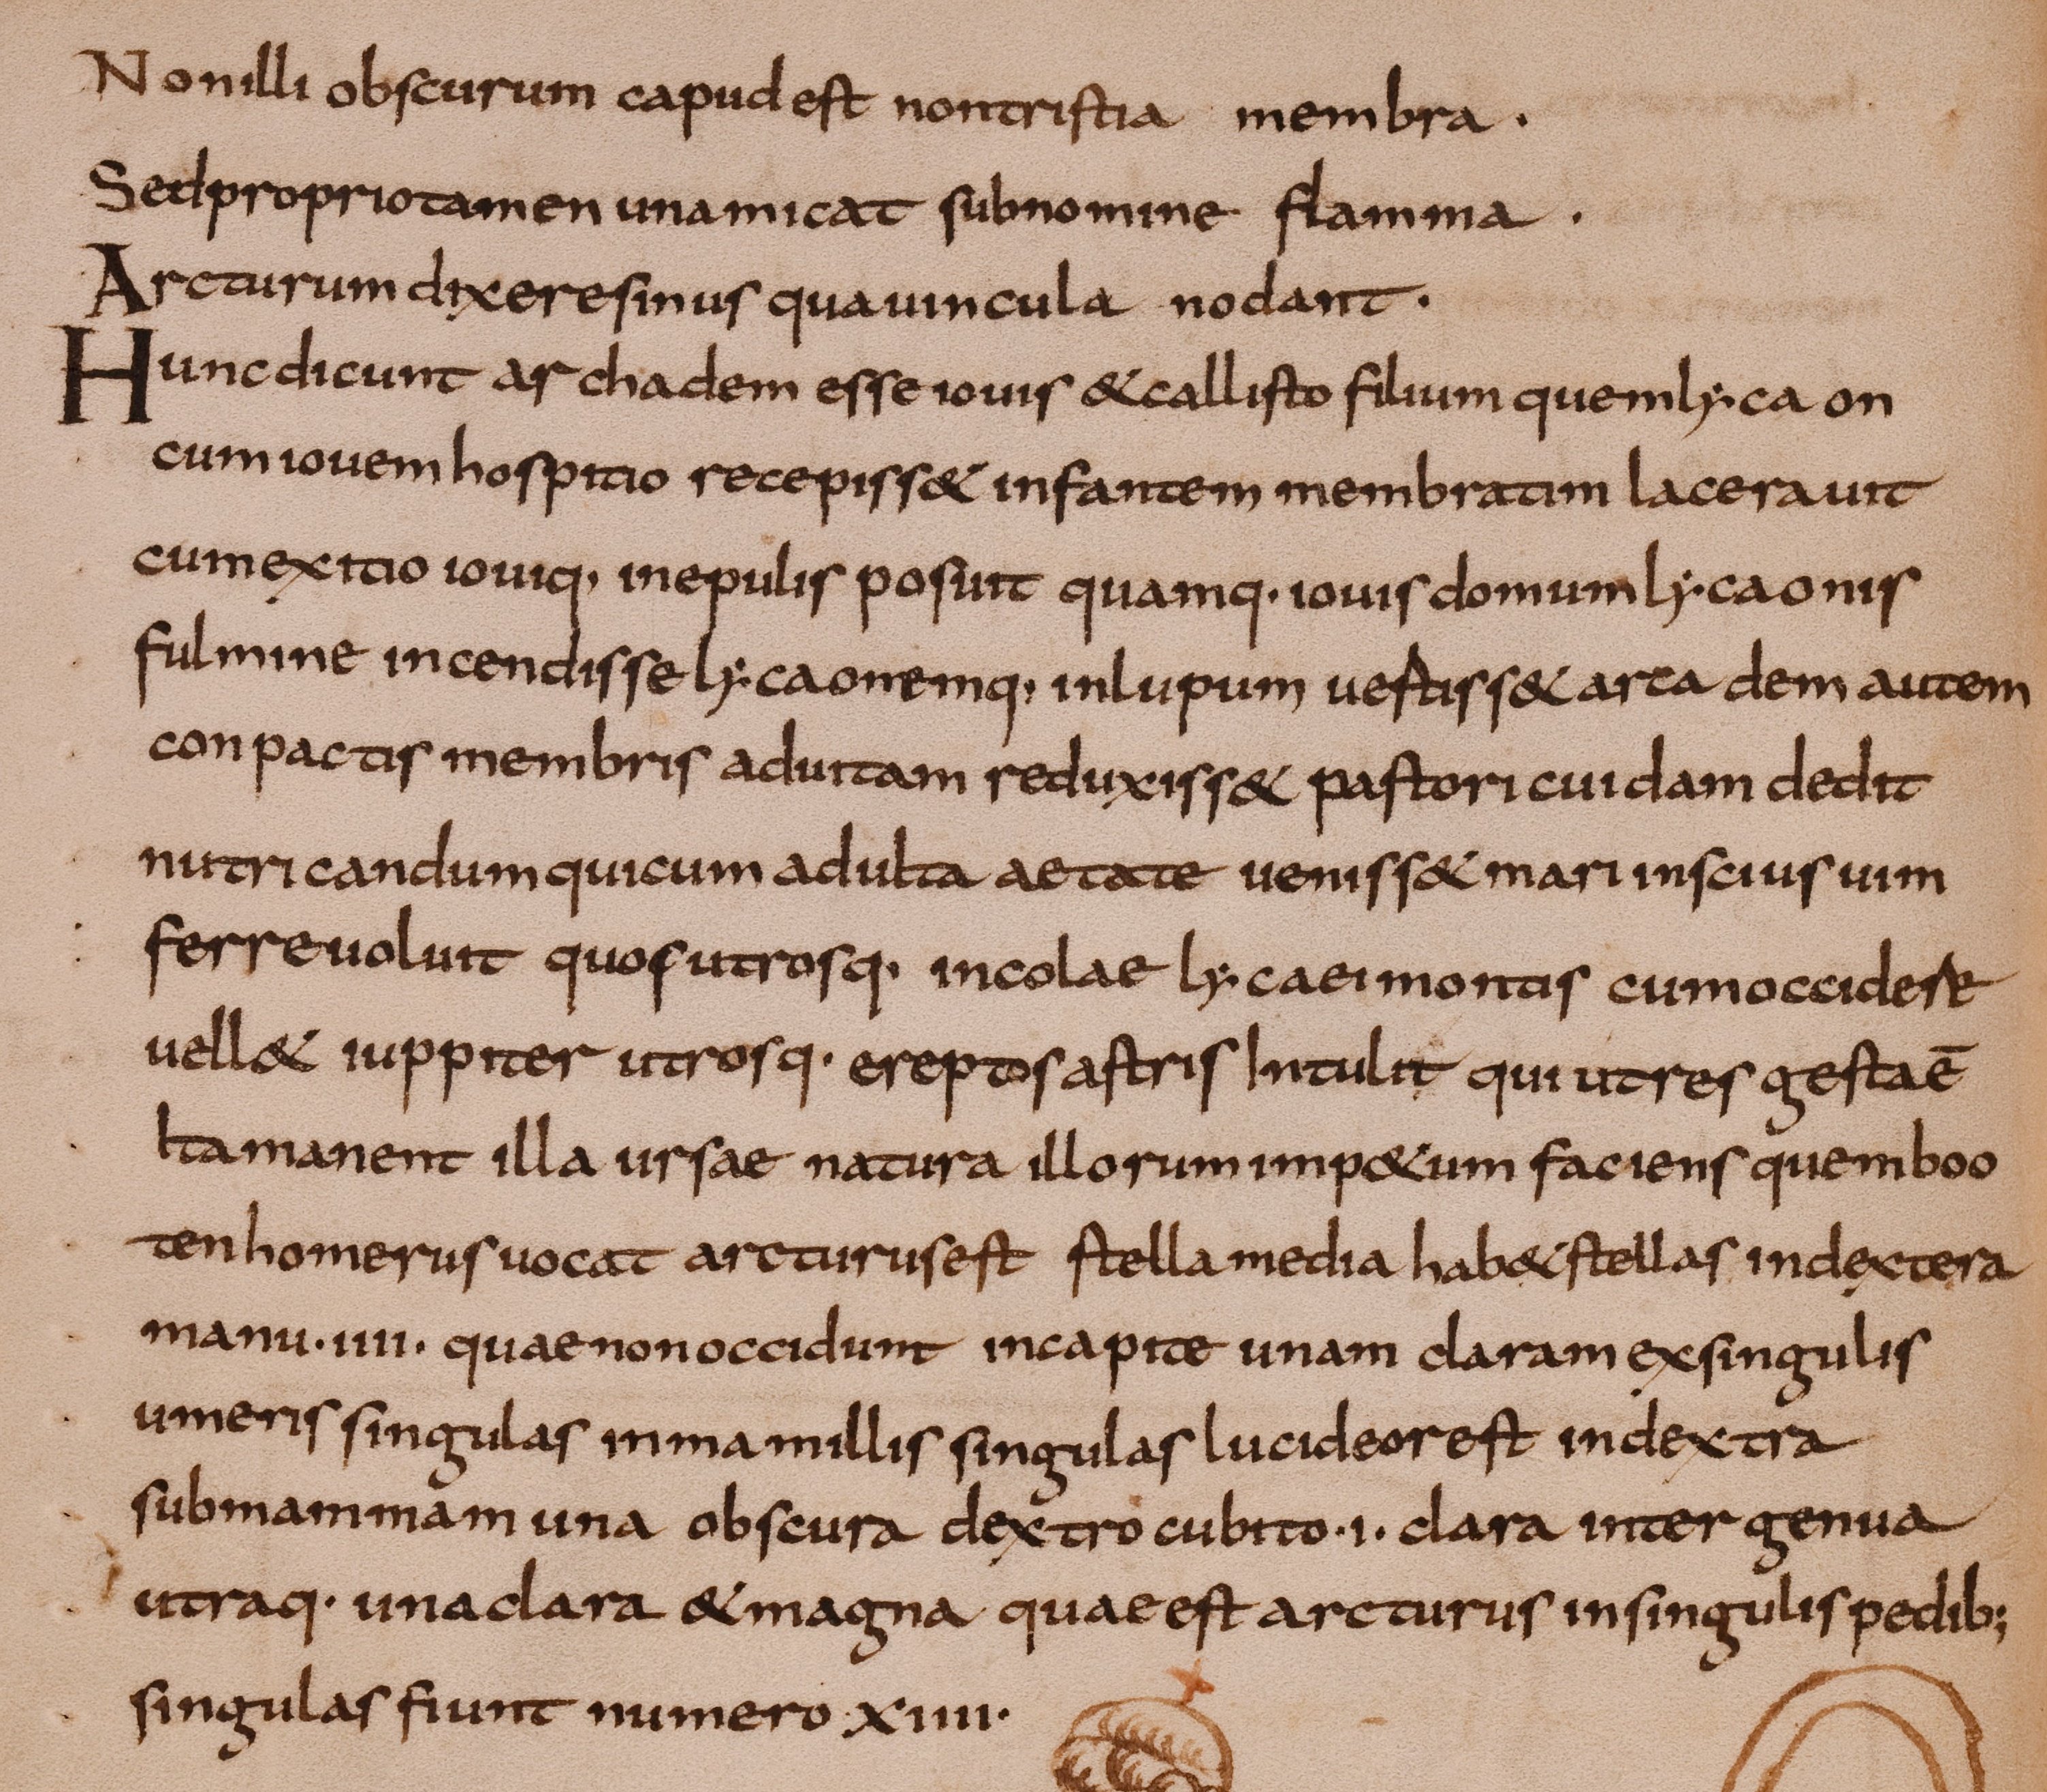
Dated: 800–849